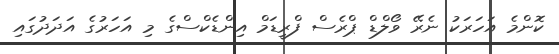
ކޮންމެ އަހަރަކު ނެރޭ ވޯލްޑް ޕްރެސް ފްރީޑަމް އިންޑެކްސްގެ މި އަހަރުގެ އަދަދުގައި